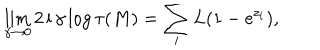
LaTeX: \lim _ { \gamma \to 0 } 2 \, \mathrm { i } \, \gamma \log \tau ( M ) = \sum _ { i } L ( 1 - \mathrm { e } ^ { z _ { i } } ) ,